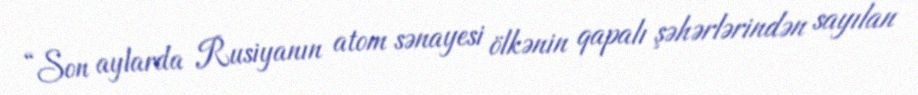
“Son aylarda Rusiyanın atom sənayesi ölkənin qapalı şəhərlərindən sayılan